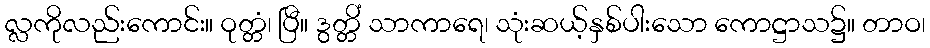
လ္လကိုလည်းကောင်း။ ဝုတ္တံ၊ ပြီ။ ဒွတ္တိံ သာကာရေ၊ သုံးဆယ့်နှစ်ပါးသော ကောဋ္ဌာသ၌။ တာဝ၊